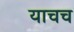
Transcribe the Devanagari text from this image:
याचच